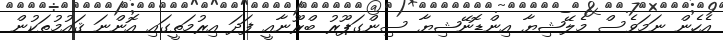
އެހެން ނަމަވެސް މެލޭޝިޔާ އިންޑޮނޭޝިޔާ ސިންގަޕޫރު ބްރޫނާއީ ފަދަ އިރުމަތީގައި އޮންނަ ޤައުމުތަކުން